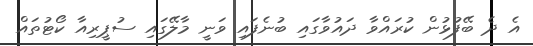
އެ ދެ ބޭފުޅުން ކުރައްވާ ދައުވާގައި ބުނެފައި ވަނީ މާލޭގައި ސުޕީރިއާ ކޯޓުތައް